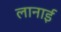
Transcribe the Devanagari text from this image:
लानाई